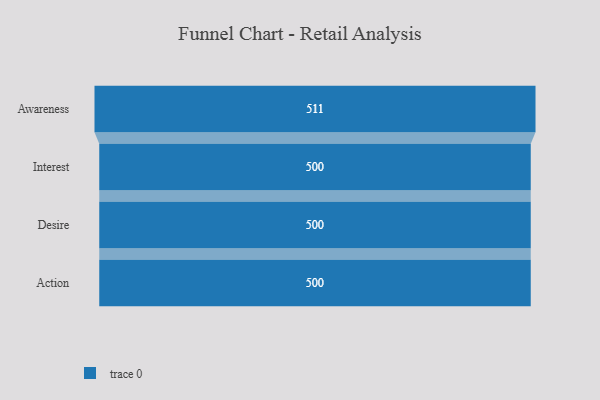
{"axis": {"x": "Stage", "y": "Value"}, "legend": [""], "data": [{"x": "Awareness", "y": 511.0, "type": ""}, {"x": "Interest", "y": 500, "type": ""}, {"x": "Desire", "y": 500, "type": ""}, {"x": "Action", "y": 500, "type": ""}]}